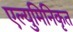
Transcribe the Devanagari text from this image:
एल्युमिनिकृत